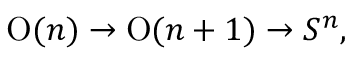
\operatorname { O } ( n ) \to \operatorname { O } ( n + 1 ) \to S ^ { n } ,